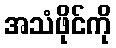
အသံဖိုင်ကို